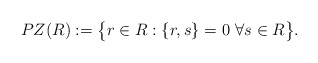
\begin{align*}PZ(R) := \big\{r \in R : \{r,s\} = 0 \ \forall s \in R\big\}.\end{align*}